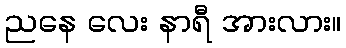
ညနေ လေး နာရီ အားလား။